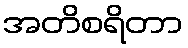
အတိစရိတာ